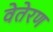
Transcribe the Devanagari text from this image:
वेतेरण